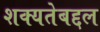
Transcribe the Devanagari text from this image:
शक्यतेबद्दल